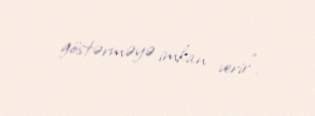
göstərməyə imkan verir".